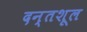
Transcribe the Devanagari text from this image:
दन्तशूल